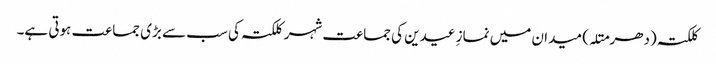
کلکتہ (دھرمتلہ) میدان میں نمازِ عیدین کی جماعت شہر کلکتہ کی سب سے بڑی جماعت ہوتی ہے۔